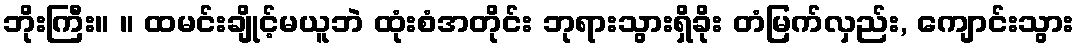
ဘိုးကြီး။ ။ ထမင်းချိုင့်မယူဘဲ ထုံးစံအတိုင်း ဘုရားသွားရှိခိုး တံမြက်လှည်း, ကျောင်းသွား